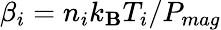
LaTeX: \beta_{i}=n_{i}k_{\mathbf{B}}T_{i}/P_{mag}